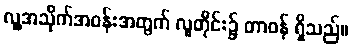
လူ့အသိုက်အဝန်းအတွက် လူတိုင်း၌ တာဝန် ရှိသည်။